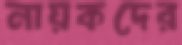
নায়কদের